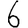
Digit: 6